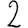
Digit: 2